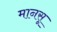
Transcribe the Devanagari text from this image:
मानसू